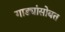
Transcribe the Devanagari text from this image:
गाड्यांसोबत